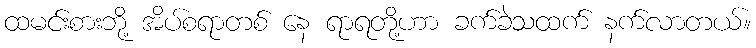
ထမင်းစားဘို့ အိပ်စရာတစ် နေ ရာရတို့ဟာ ခက်ခဲသထက် နက်လာတယ်။